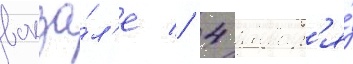
вокза́л'е // 4 январ'я́